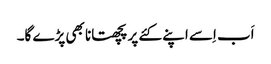
اَب اِسے اپنے کئے پر پچھتانا بھی پڑے گا۔